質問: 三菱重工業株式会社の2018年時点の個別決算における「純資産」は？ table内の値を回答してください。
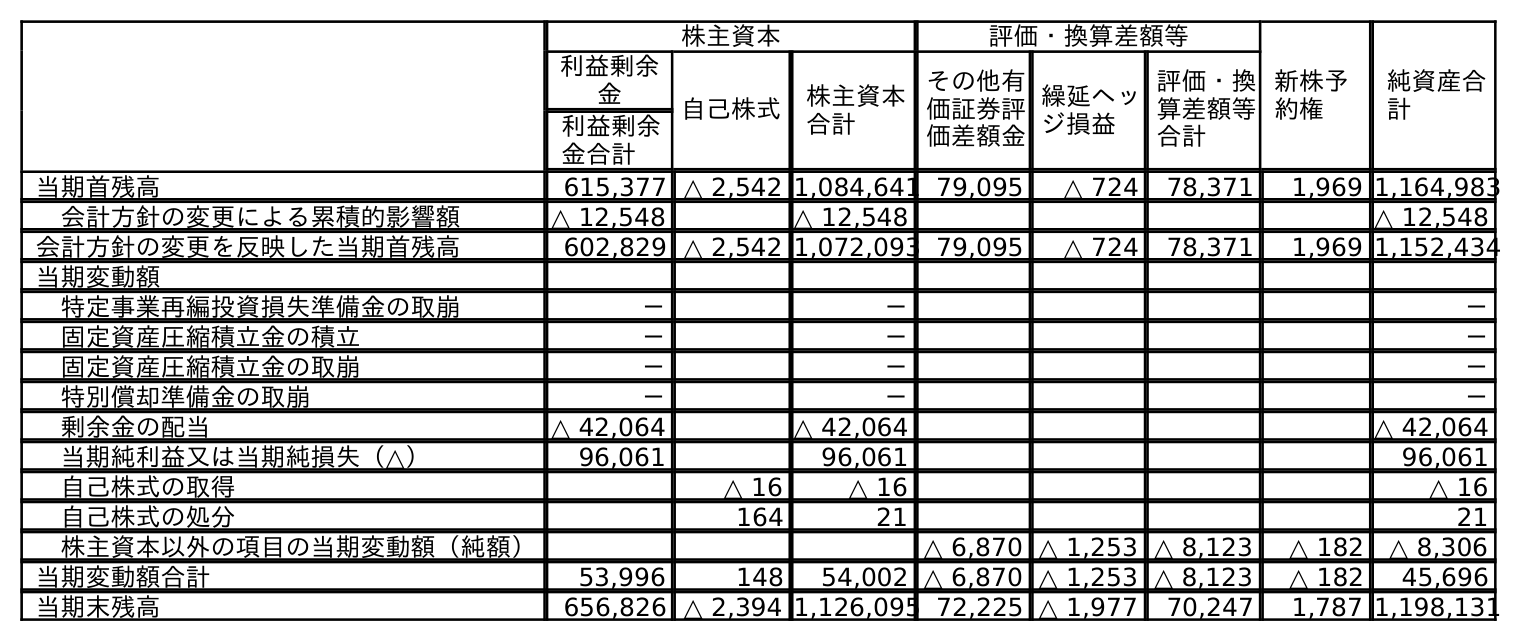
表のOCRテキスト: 株主資本 評価・換算差額等 新株予 約権 純資産合 計 利益剰余 金 自己株式 株主資本 合計 その他有 価証券評 価差額金 繰延ヘッ ジ損益 評価・換 算差額等 合計 利益剰余 金合計 当期首残高 615,377 △ 2,542 1,084,641 79,095 △ 724 78,371 1,969 1,164,983 会計方針の変更による累積的影響額 △ 12,548 △ 12,548 △ 12,548 会計方針の変更を反映した当期首残高 602,829 △ 2,542 1,072,093 79,095 △ 724 78,371 1,969 1,152,434 当期変動額 特定事業再編投資損失準備金の取崩 － － － 固定資産圧縮積立金の積立 － － － 固定資産圧縮積立金の取崩 － － － 特別償却準備金の取崩 － － － 剰余金の配当 △ 42,064 △ 42,064 △ 42,064 当期純利益又は当期純損失（△） 96,061 96,061 96,061 自己株式の取得 △ 16 △ 16 △ 16 自己株式の処分 164 21 21 株主資本以外の項目の当期変動額（純額） △ 6,870 △ 1,253 △ 8,123 △ 182 △ 8,306 当期変動額合計 53,996 148 54,002 △ 6,870 △ 1,253 △ 8,123 △ 182 45,696 当期末残高 656,826 △ 2,394 1,126,095 72,225 △ 1,977 70,247 1,787 1,198,131
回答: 1,164,983